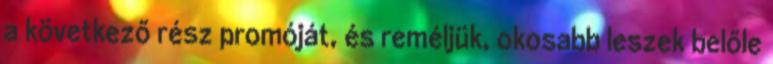
a következő rész promóját, és reméljük, okosabb leszek belőle